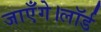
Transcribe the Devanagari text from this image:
जाएँगे।लॉर्ड